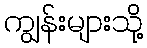
ကျွန်းများသို့